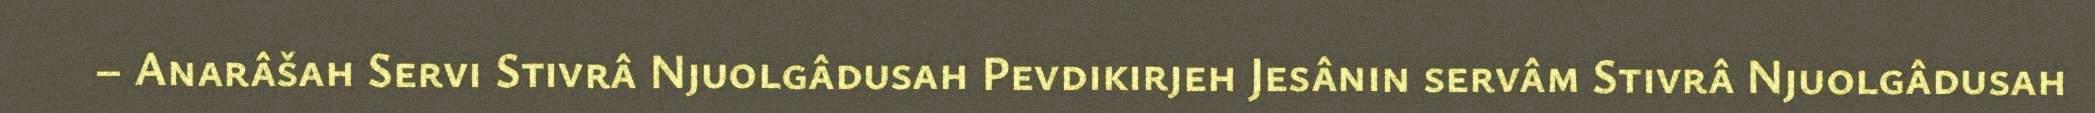
– Anarâšah Servi Stivrâ Njuolgâdusah Pevdikirjeh Jesânin servâm Stivrâ Njuolgâdusah